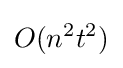
O(n^{2}t^{2})